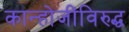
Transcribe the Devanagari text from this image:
कान्होजींविरुद्ध